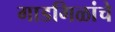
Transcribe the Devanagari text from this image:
गाडगिळांचे